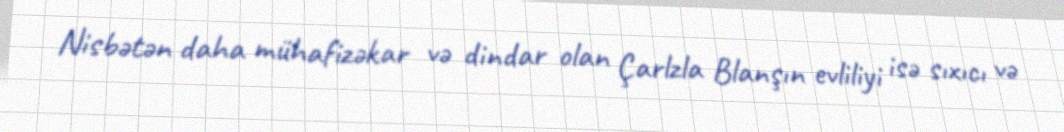
Nisbətən daha mühafizəkar və dindar olan Çarlzla Blanşın evliliyi isə sıxıcı və